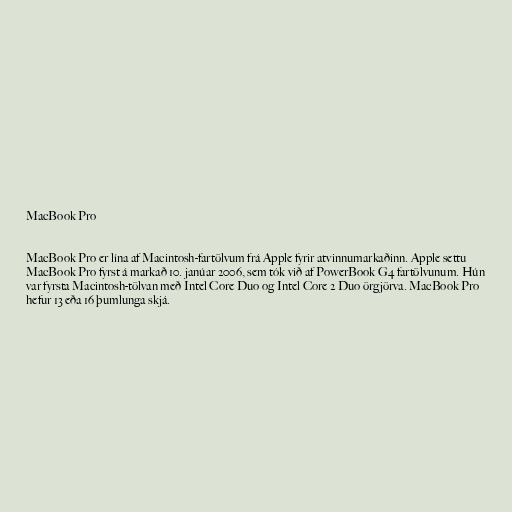
MacBook Pro

MacBook Pro er lína af Macintosh-fartölvum frá Apple fyrir atvinnumarkaðinn. Apple settu
MacBook Pro fyrst á markað 10. janúar 2006, sem tók við af PowerBook G4 fartölvunum. Hún
var fyrsta Macintosh-tölvan með Intel Core Duo og Intel Core 2 Duo örgjörva. MacBook Pro
hefur 13 eða 16 þumlunga skjá.